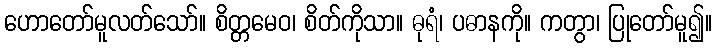
ဟောတော်မူလတ်သော်။ စိတ္တမေဝ၊ စိတ်ကိုသာ။ ဓုရံ၊ ပဓာနကို။ ကတွာ၊ ပြုတော်မူ၍။